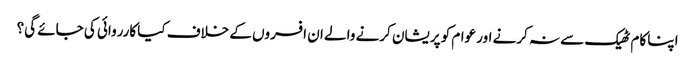
اپنا کام ٹھیک سے نہ کرنے اور عوام کو پریشان کرنے والے ان افسروں کے خلاف کیا کارروائی کی جائے گی؟